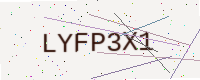
Text: LYFP3X1